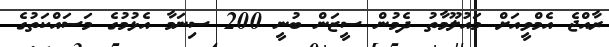
ރާއްޖެ އެމްވީއަށް މައުލޫމާތު ދެމުން ސީޒަން ބުނީ 200 ސިނަމާ އެޅުމުގެ މަސައްކަތުގެ